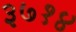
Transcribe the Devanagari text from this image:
३७१४